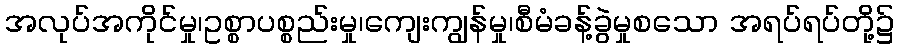
အလုပ်အကိုင်မှု၊ဥစ္စာပစ္စည်းမှု၊ကျေးကျွန်မှု၊စီမံခန့်ခွဲမှုစသော အရပ်ရပ်တို့၌